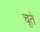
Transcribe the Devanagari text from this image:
चूते